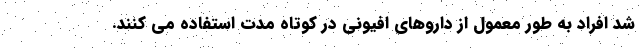
شد افراد به طور معمول از داروهای افیونی در کوتاه مدت استفاده می کنند.